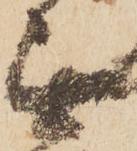
無